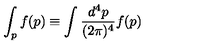
\int _ { p } f ( p ) \equiv \int \frac { d ^ { 4 } p } { ( 2 \pi ) ^ { 4 } } f ( p )